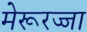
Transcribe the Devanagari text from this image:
मेरूरज्जा